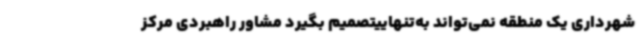
شهرداری یک منطقه نمی‌تواند به‌تنهاییتصمیم‌ بگیرد مشاور راهبردی مرکز